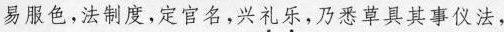
易服色，法制度，定官名，兴\underset{·}{礼}\underset{·}{乐}，乃悉草具其事仪法，